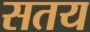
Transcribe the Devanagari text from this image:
सतय